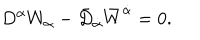
LaTeX: D ^ { \alpha } W _ { \alpha } - \bar { D } _ { \dot { \alpha } } \bar { W } ^ { \dot { \alpha } } = 0 .